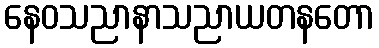
နေဝသညာနာသညာယတနတော